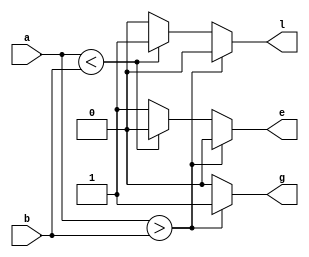
module comparator(a,b,l,e,g);
  
  input [2:0] a,b;
  output reg l,e,g;
  
  always @(a,b) begin
    
    if(a>b)
      begin
        g=1'b1; e=1'b0; l=1'b0;
      end
    else if(a<b)
      begin
        l=1'b1; e=1'b0; g=1'b0;
      end
    else
      begin
        e=1'b1; l=1'b0; g=1'b0;
      end
    
  end
  
endmodule